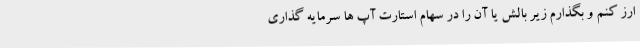
ارز کنم و بگذارم زیر بالش یا آن را در سهام استارت آپ ها سرمایه گذاری